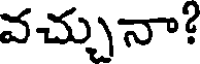
వచ్చునా!